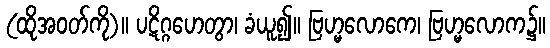
(ထိုအဝတ်ကို)။ ပဋိဂ္ဂဟေတွာ၊ ခံယူ၍။ ဗြဟ္မလောကေ၊ ဗြဟ္မလောက၌။